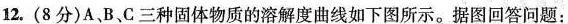
12.(8分)A、B、C三种固体物质的溶解度曲线如下图所示。据图回答问题：